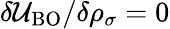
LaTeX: \delta{\cal\mathcal{U}}_{\mathrm{{BO}}}/\delta{\rho_{\sigma}}=0